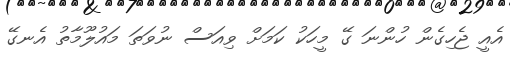
އެއީ ޖެހިގެން ހުންނަ ގޭ މީހަކު ކަމަށް ވިއަސް ނުވަތަ މައުލޫމާތު އެނގޭ